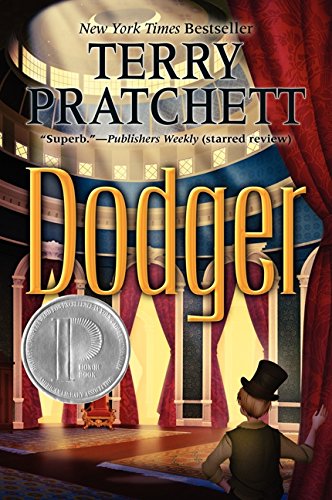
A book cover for Dodger; Terry Pratchett; Teen & Young Adult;